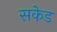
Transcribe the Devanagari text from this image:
सकेड